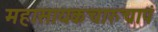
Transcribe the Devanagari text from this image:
महासायकचारुचापं